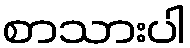
စာသားပါ